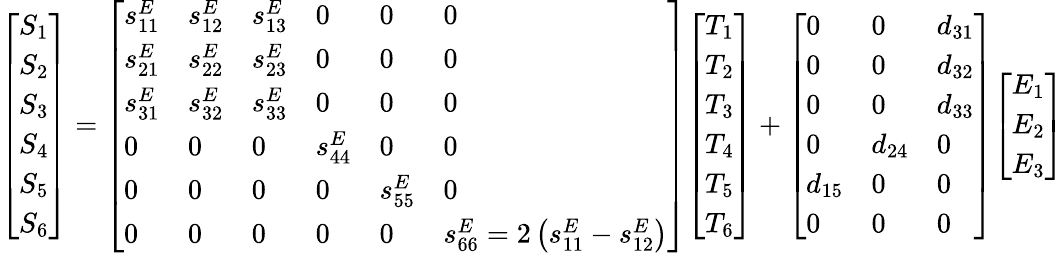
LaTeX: {\left[\begin{array}{l}{S_{1}}\\ {S_{2}}\\ {S_{3}}\\ {S_{4}}\\ {S_{5}}\\ {S_{6}}\end{array}\right]}={\left[\begin{array}{llllll}{s_{11}^{E}}&{s_{12}^{E}}&{s_{13}^{E}}&{0}&{0}&{0}\\ {s_{21}^{E}}&{s_{22}^{E}}&{s_{23}^{E}}&{0}&{0}&{0}\\ {s_{31}^{E}}&{s_{32}^{E}}&{s_{33}^{E}}&{0}&{0}&{0}\\ {0}&{0}&{0}&{s_{44}^{E}}&{0}&{0}\\ {0}&{0}&{0}&{0}&{s_{55}^{E}}&{0}\\ {0}&{0}&{0}&{0}&{0}&{s_{66}^{E}=2\left(s_{11}^{E}-s_{12}^{E}\right)}\end{array}\right]}{\left[\begin{array}{l}{T_{1}}\\ {T_{2}}\\ {T_{3}}\\ {T_{4}}\\ {T_{5}}\\ {T_{6}}\end{array}\right]}+{\left[\begin{array}{lll}{0}&{0}&{d_{31}}\\ {0}&{0}&{d_{32}}\\ {0}&{0}&{d_{33}}\\ {0}&{d_{24}}&{0}\\ {d_{15}}&{0}&{0}\\ {0}&{0}&{0}\end{array}\right]}{\left[\begin{array}{l}{E_{1}}\\ {E_{2}}\\ {E_{3}}\end{array}\right]}